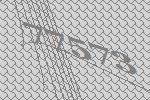
77573